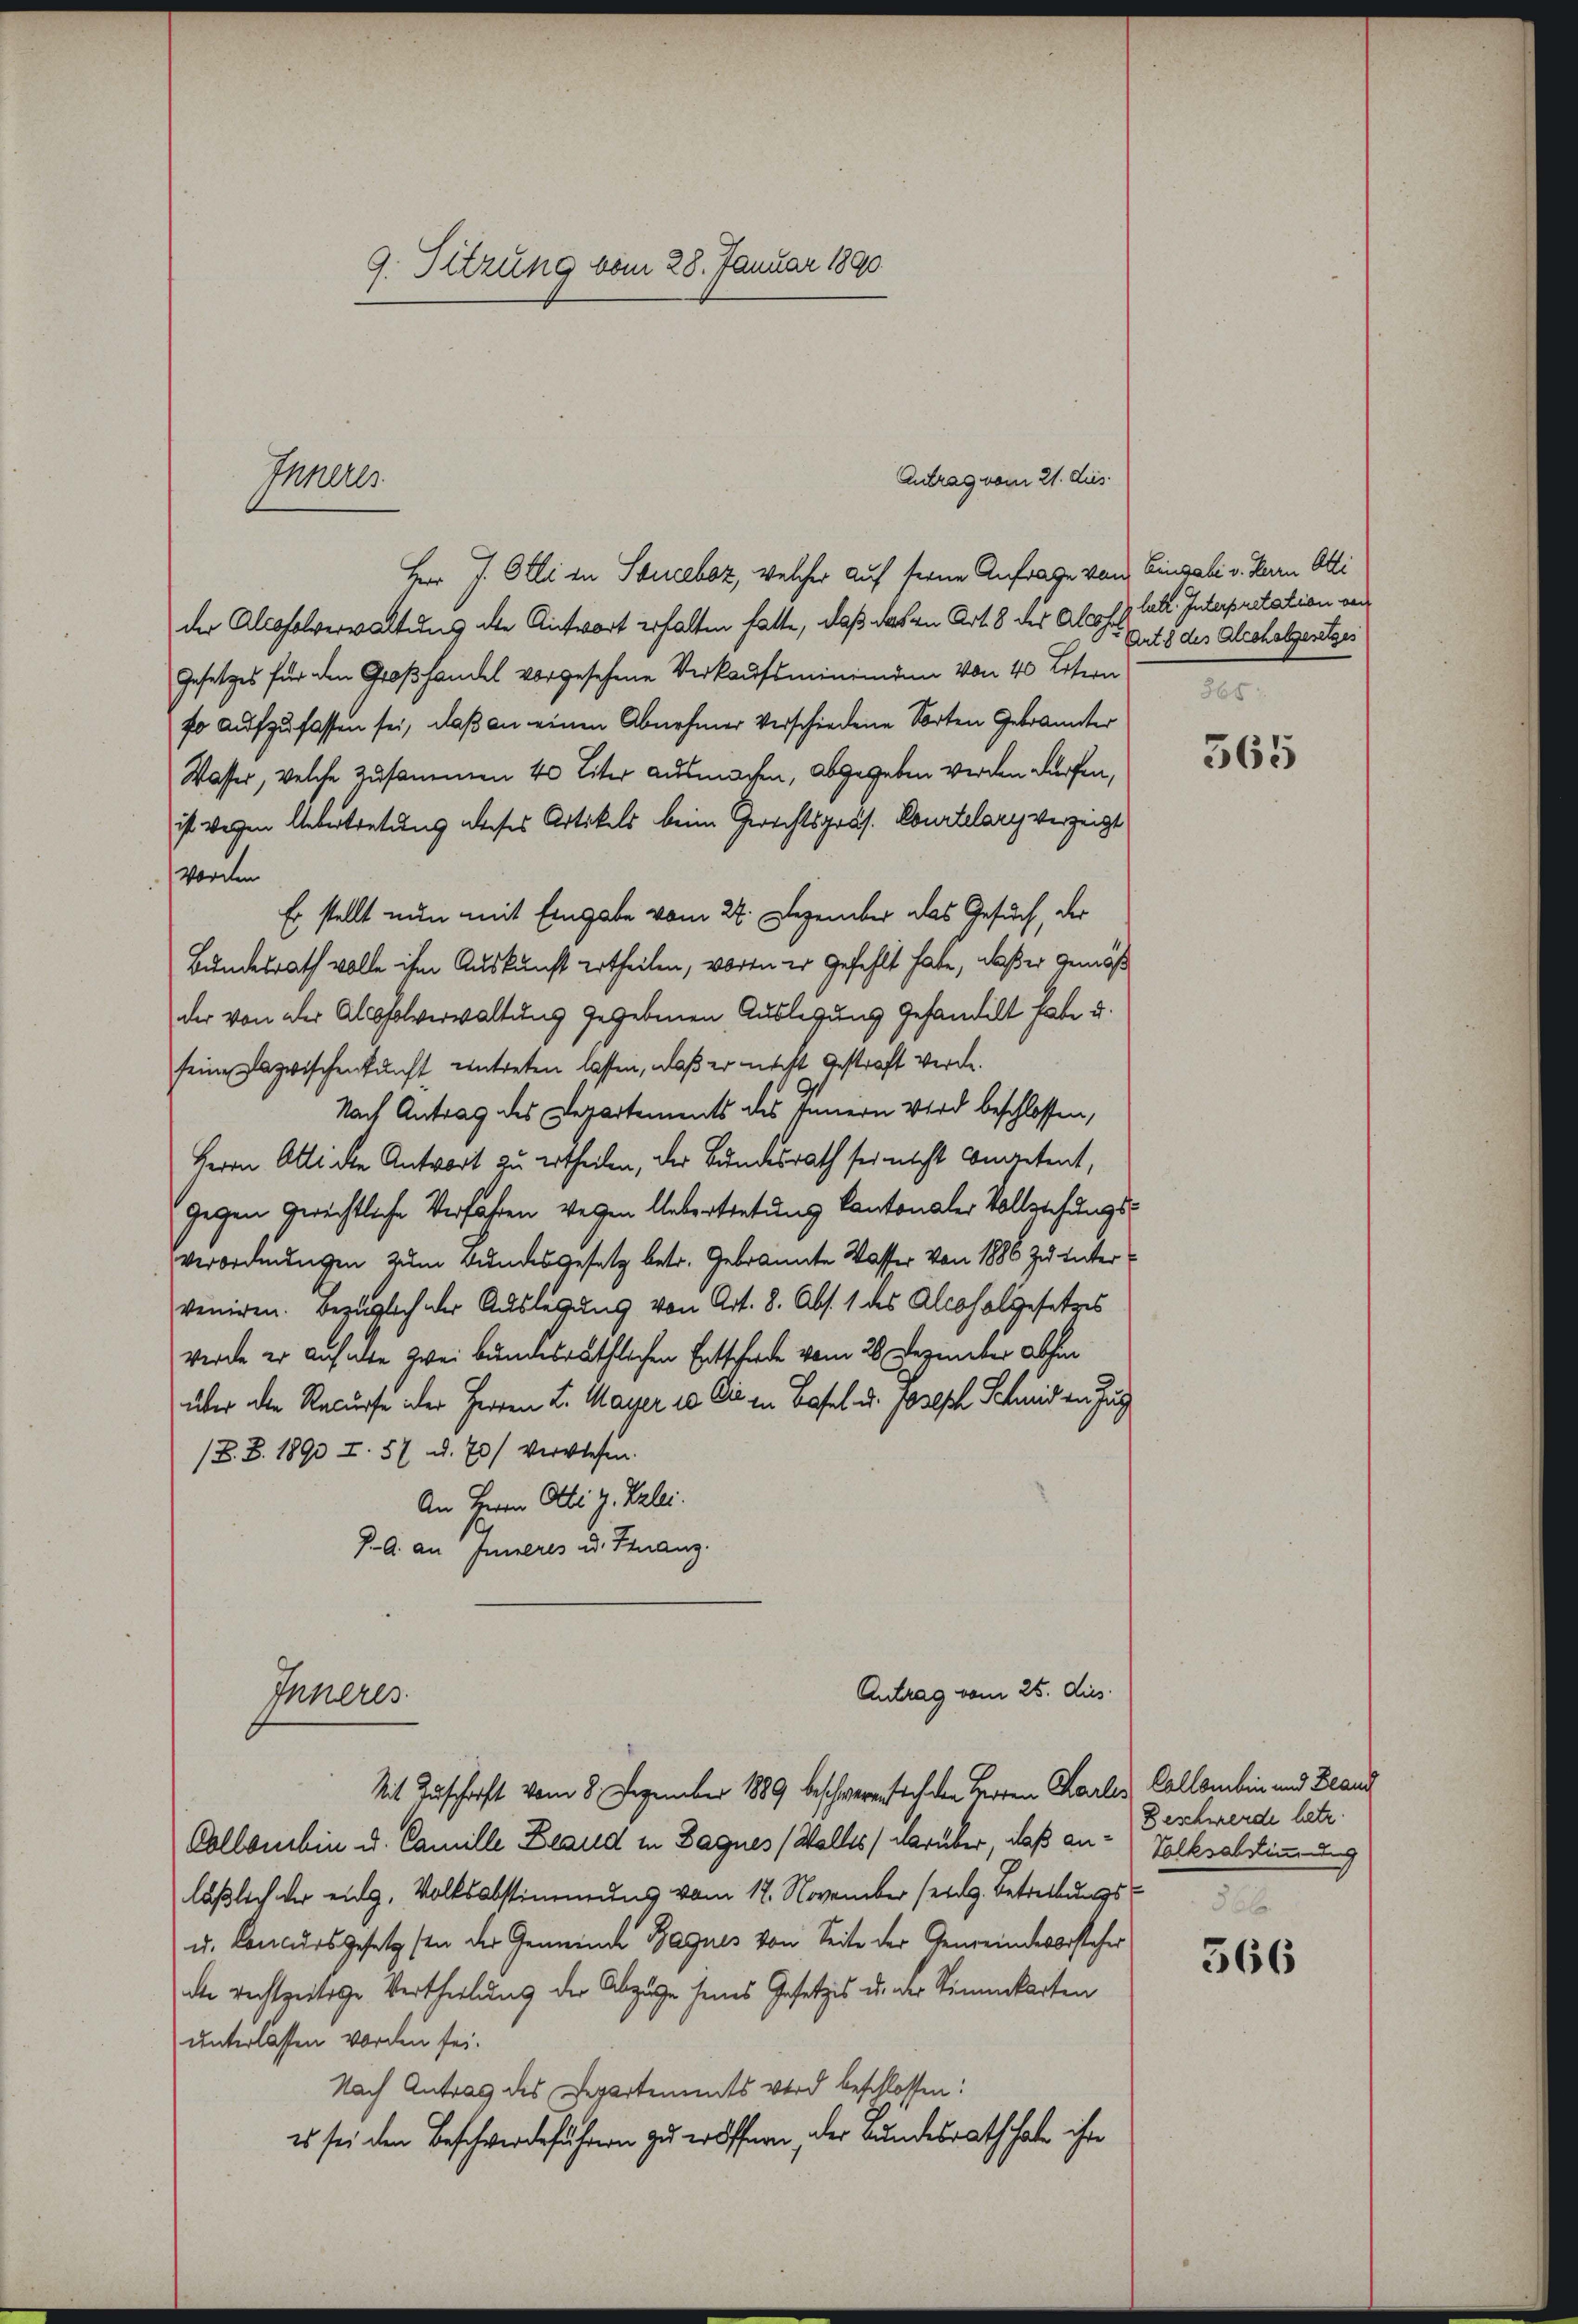
9. Sitzung vom 28. Januar 1890

Antrag vom 21. dies
Herr J. Olli in Souceboz, welcher auf seine Anfrage von Eingabe v. Herrn Otti
der Alcosolverwaltung die Antwort erhalten hatte, daß das in Art. 8 der Aloof hat. Interpretation ver
Gesetzes für den Großhandel vorgesehene Verkaufsminimann von 40 Litern
fo aufzufassen sei, daß an einen Abnehmer verschiedene Sorten Gebrannter
Wasser, welche Zusammen 40 Liter ausmachen, abgegeben werden dürfen,
ist wegen Uebertretung dieses Artikels beim Gerichtspräs. Courtelary verzeigt
Vorden
Es stellt nun mit Eingabe vom 24. Dezember das Gesuch, der
Bundesrath volle ihm Auskunft ertheilen, worin er gefehlt habe, waßer gemäß
der von der Abholverwaltung gegebenen Auslegung gehandelt habe u.
seine Dazwischenkunft eintreten lassen, daß er nicht gestraft werde.
Nach Antrag des Departements des Innern Wird beschlossen,
Herrn Atti die Antwort zu ertheilen, der Bundesrath sei nicht Contretent,
gegen gerichtliche Verfahren wegen Uebertretung Cantonaler Vollziehungsverordnungen zum Bundesgesetz betr. Gebrannte Wasser von 1886 zu unter
veniren. Bezüglich der Auslegung von Art. 8. Abs. 1 des Alcofalgesetzes
werde er auf alte zwei bundesräthlichen Entscheide vom 26. Dezember absen
über die Recurse oder Herren L. Mayer 10 Die in Basel u. Joseph Schmid an Zug
(Z. Z. 1893 I. 57 u. 70) verwiesen.
An Herrn Otti g. Verlei.
J. A. an Inneres od. Finanz
Antrag vom 25. dies
Inneres
Mit Zuschrift vom 8. Dezember 1889 beschwerentich den Herren Karler, Callombin und Beaud
Collombin u. Camille Beaud in Zagnes Walles darüber, daß an Volksabstimmung
läßlich der eidg. Volksabstimmung vom 17. November sei. Betrettungs
u. Concursgesetz son der Gemeinde Bagues von Seite der Gemeindevorsteher
die rechtzeitige Vertheilung der Abzuge seines Gesetzes u. der Stimmenkarten
unterlassen worden sei.
Nach Antrag des Departements wird beschlossen:
es sei den Beschwerdeführern zu eröffnen, der Bundesrath habe ihre

I10103

Art. 8 des Aleoholgesetzes

565

Beschwerde hetz.

366